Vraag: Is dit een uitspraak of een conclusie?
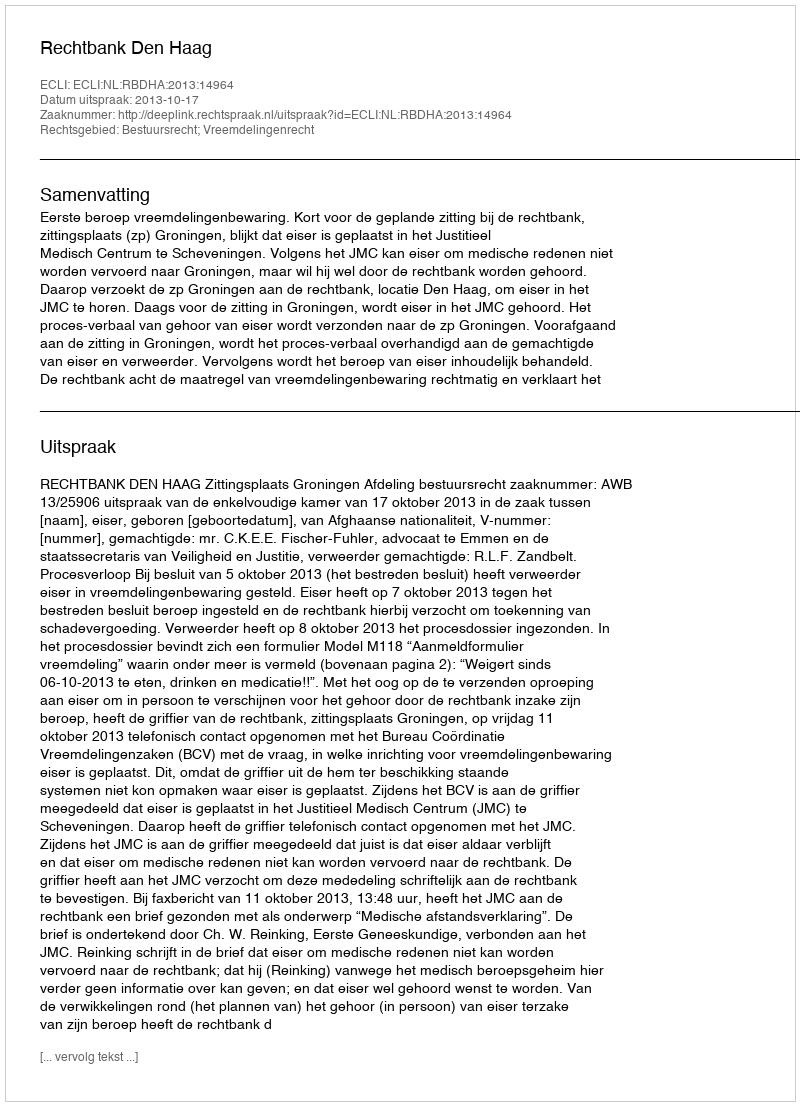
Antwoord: Uitspraak